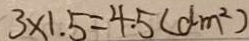
3 \times 1 . 5 = 4 . 5 ( d m ^ { 2 } )